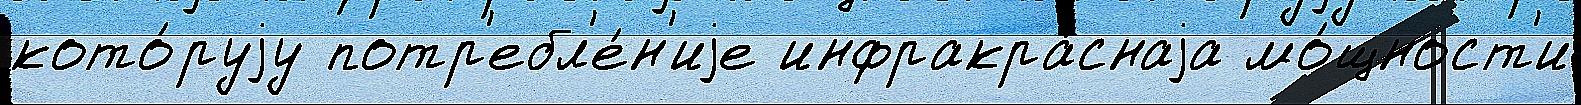
кото́руjу потр'ебл'е́н'иjе инфракра́снаjа мо́щност'и